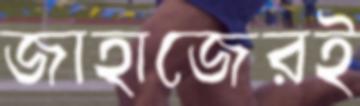
জাহাজেরই